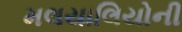
મલયાલિયોની